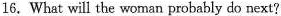
16. What will the woman probably do next?